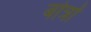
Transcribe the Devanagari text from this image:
बोत्रों